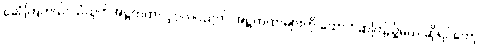
ခေါ်ကြတယ်၊ သံယုတ်အဋ္ဌကထာ ပုဂ္ဂလပညတ် အဋ္ဌကထာများကို ထောက်ဆကြည့်မယ် ဆိုရင်တော့